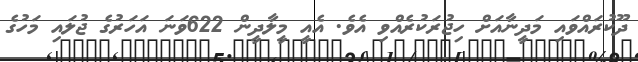
ދޫކުރައްވައި މަދީނާއަށް ހިޖުރަކުރެއްވި އެވެ. އެއީ މީލާދީން 622ވަނަ އަހަރުގެ ޖުލައި މަހުގެ